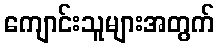
ကျောင်းသူများအတွက်